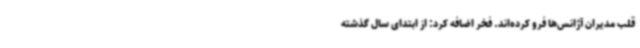
قلب مدیران آژانس‌ها فرو کرده‌اند. فخر اضافه کرد: از ابتدای سال گذشته